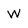
Character: W